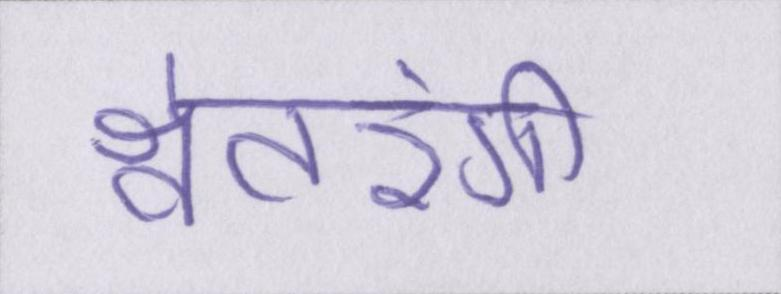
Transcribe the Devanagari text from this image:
श्वेतरंगी